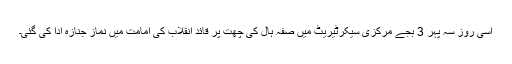
اُسی روز سہ پہر 3 بجے مرکزی سیکرٹیریٹ میں صفہ ہال کی چھت پر قائد انقلاب کی امامت میں نماز جنازہ ادا کی گئی۔